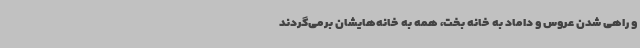
و راهی شدن عروس و داماد به خانه بخت، همه به خانه‌هایشان برمی‌گردند